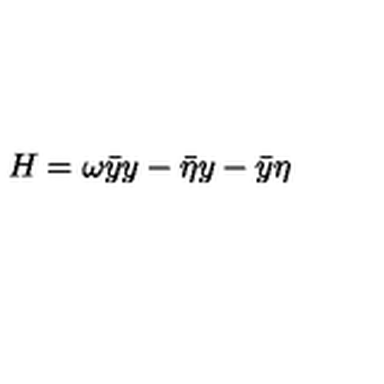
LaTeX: H = \omega \bar { y } y - \bar { \eta } y - \bar { y } \eta